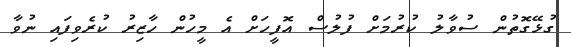
ގުޅޭގޮތުން ސުވާލު ކުރުމަށް ފުލުސް އޮފީހަށް އެ މީހުން ހާޒިރު ކުރެވިފައި ނުވާ